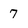
Character: 7